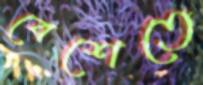
বেশেতে